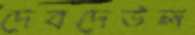
দেবদেউল